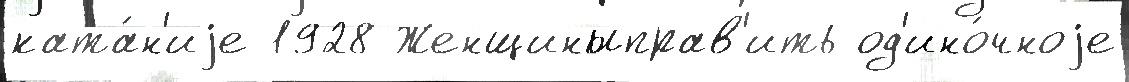
ката́н'иjе 1928 Женщиныправ'ить од'ино́чноjе